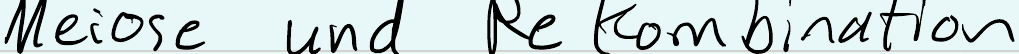
Meiose und Rekombination